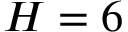
H = 6